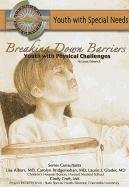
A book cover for Breaking Down Barriers: Youth with Physical Challenges (Youth with Special Needs); Joan Esherick; Teen & Young Adult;